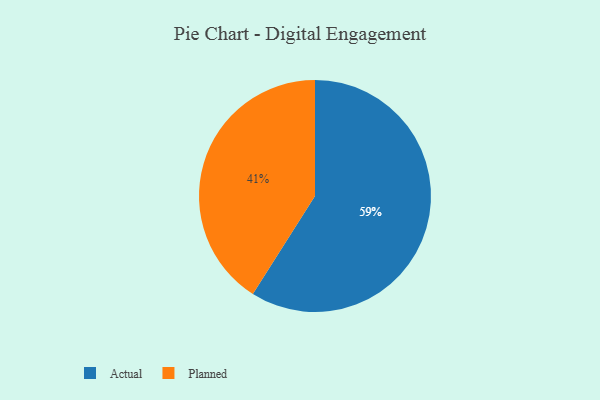
{"axis": {"x": "Category", "y": "Percentage"}, "legend": ["Actual", "Planned"], "data": [{"x": "Planned", "y": 41, "type": "Planned"}, {"x": "Actual", "y": 59, "type": "Actual"}]}